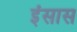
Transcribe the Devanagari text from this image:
इंसास